Laidoner,_Johan, lk 74
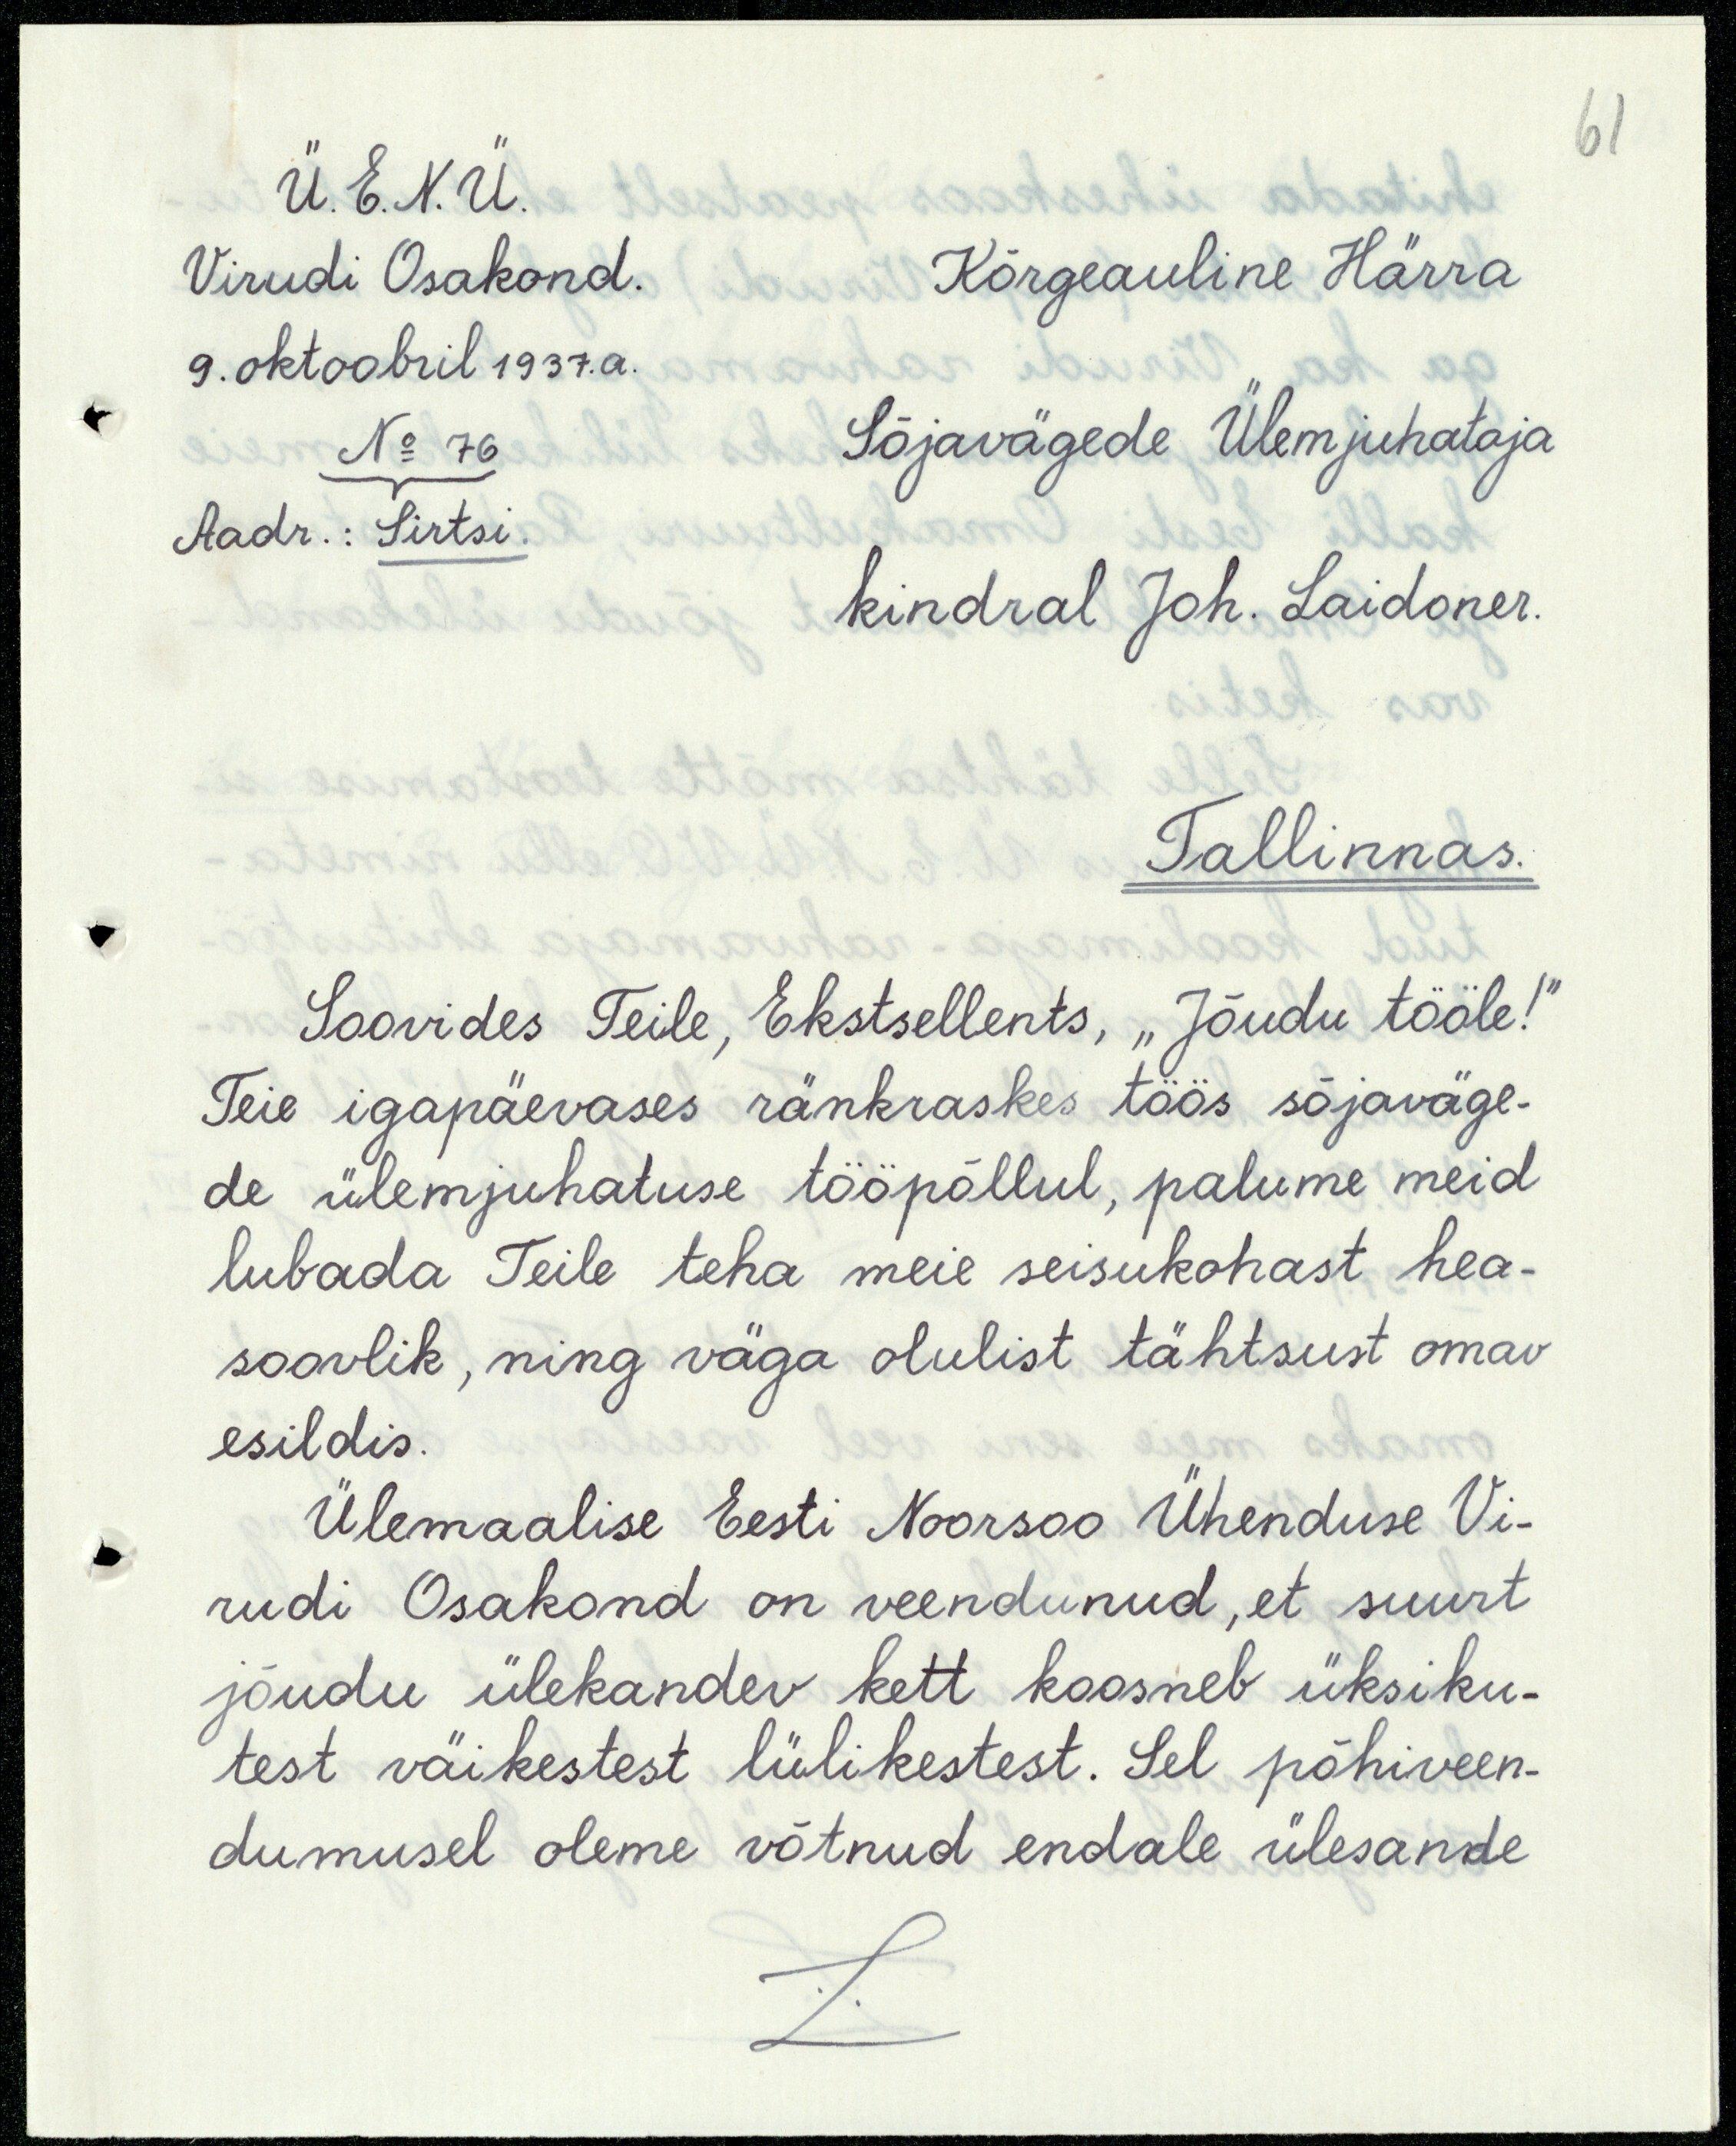
61
Ü. E. N. Ü.
Virudi Osakond.
Kõrgeauline Härra
9. oktoobril 1937. a.
No 76
Sõjavägede Ülemjuhataja
Aadr.: Sirtsi.
kindral Joh. Laidoner.
Tallinnas.
Soovides Teile, Ekstsellents, "Jõudu tööle!"
Teie igapäevases ränkraskes töös sõjaväge-
de ülemjuhatuse tööpõllul, palume meid
lubada Teile teha meie seisukohast hea-
soovlik, ning väga olulist tähtsust omav
esildis.
Ülemaalise Eesti Noorsoo Ühenduse Vi-
rudi Osakond on veendunud, et suurt
jõudu ülekandev kett koosneb üksiku-
test väikestest lülikestest. Sel põhiveen-
dumusel oleme võtnud endale ülesande